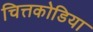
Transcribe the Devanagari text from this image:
चित्तकोडिया